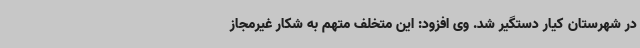
در شهرستان کیار دستگیر شد. وی افزود: این متخلف متهم به شکار غیرمجاز